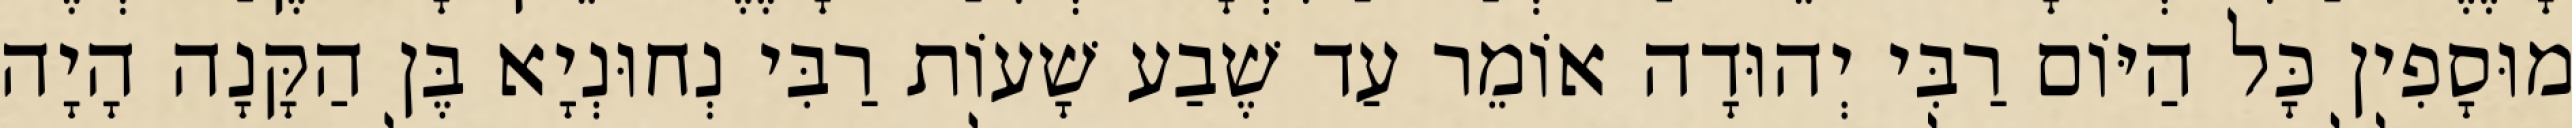
מוּסָפִין כָּל הַיּוֹם רַבִּי יְהוּדָה אוֹמֵר עַד שֶׁבַע שָׁעוֹת רַבִּי נְחוּנְיָא בֶּן הַקָּנָה הָיָה